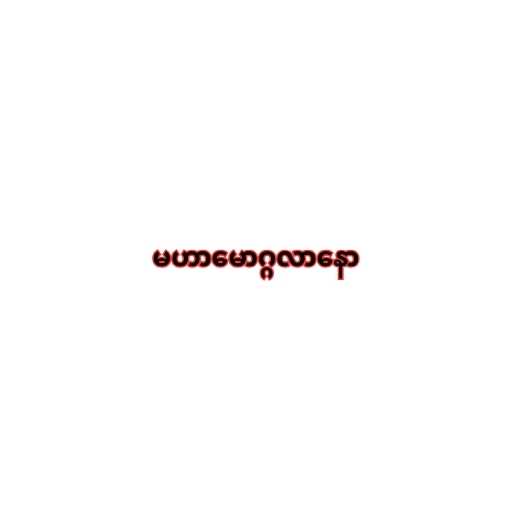
မဟာမောဂ္ဂလာနော